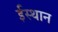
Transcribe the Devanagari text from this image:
ईस्थान